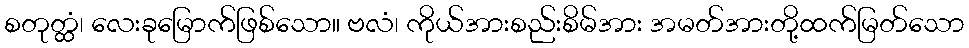
စတုတ္ထံ၊ လေးခုမြောက်ဖြစ်သော။ ဗလံ၊ ကိုယ်အားစည်းစိမ်အား အမတ်အားတို့ထက်မြတ်သော